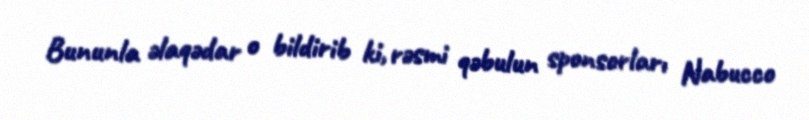
Bununla əlaqədar o bildirib ki, rəsmi qəbulun sponsorları Nabucco